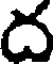
ద